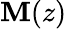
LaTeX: \mathbf{M}(z)